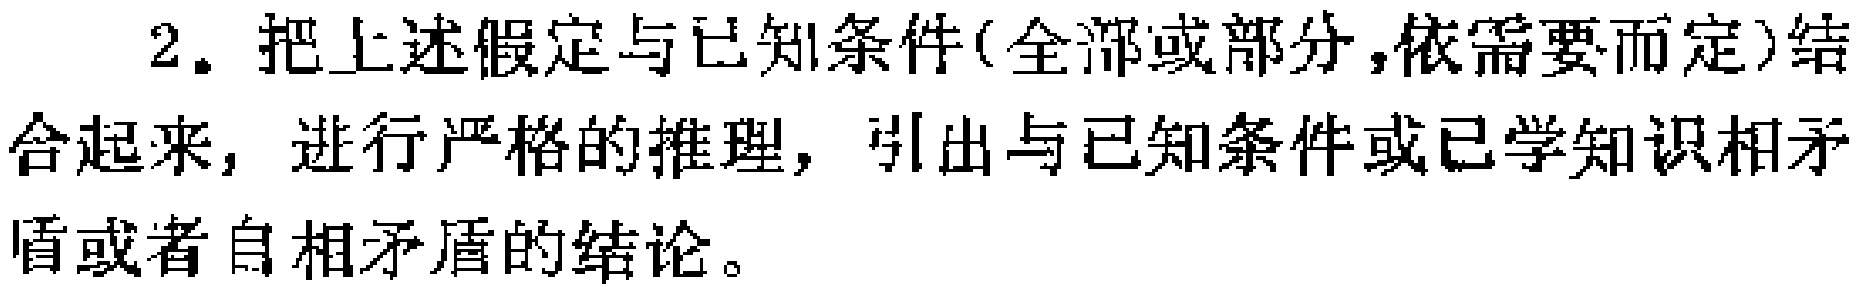
2. 把上述假定与已知条件(全部或部分，依需要而定)结合起来，进行严格的推理，引出与已知条件或已学知识相矛盾或者自相矛盾的结论。